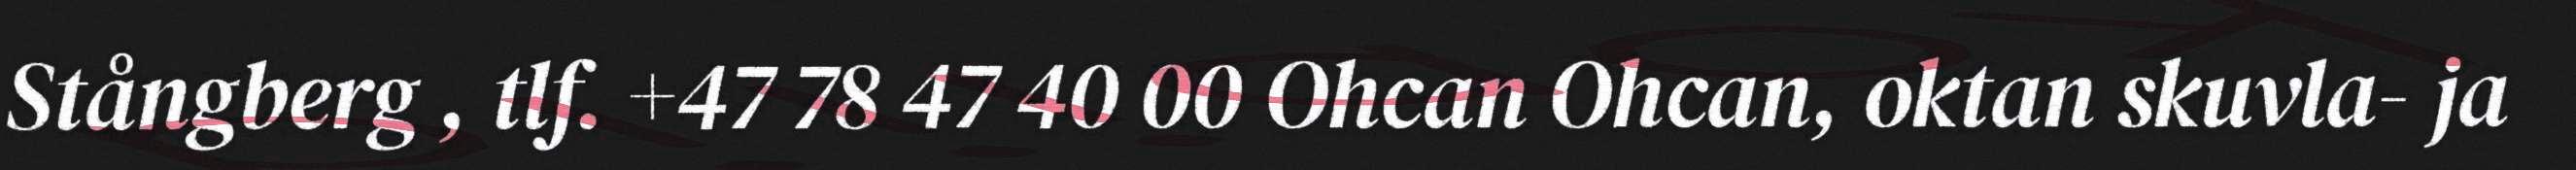
Stångberg , tlf. +47 78 47 40 00 Ohcan Ohcan, oktan skuvla- ja